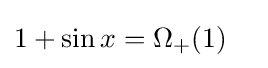
1+\sin x=\Omega _{+}(1)\quad